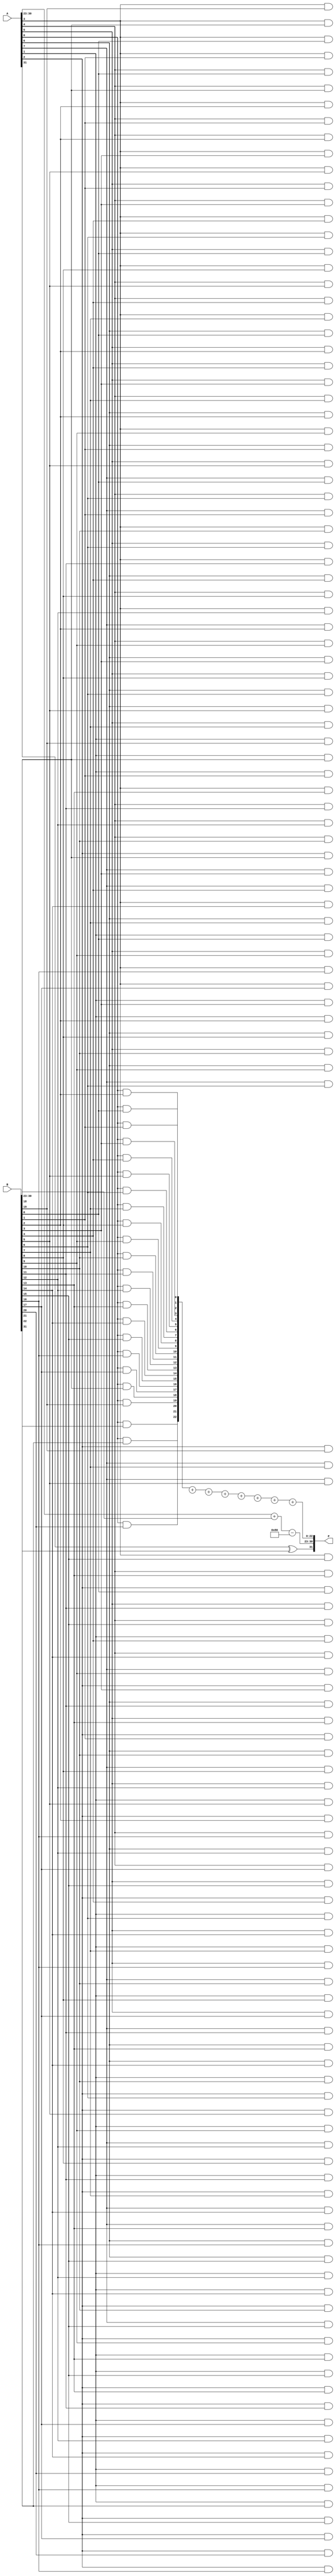
module floating_point_wallace_tree_multiplier #(
    parameter E = 8, // Number of exponent bits
    parameter M = 23  // Number of mantissa bits
)(
    input wire [E + M:0] A, // Input floating-point number A
    input wire [E + M:0] B, // Input floating-point number B
    output reg [E + M:0] P  // Output floating-point product P
);

    // Internal signals
    wire sign_a, sign_b;
    wire [E-1:0] exponent_a, exponent_b;
    wire [M:0] mantissa_a, mantissa_b; // Including implicit leading bit
    wire [M*2:0] partial_products[M-1:0]; // Matrix of partial products
    wire [M*2:0] sum, carry; // Outputs from Wallace tree
    wire [E-1:0] exponent_result;
    wire sign_result;
    wire [M*2:0] mantissa_result;

    // Extract sign, exponent, and mantissa
    assign sign_a = A[E + M];
    assign exponent_a = A[E + M - 1:E + M - E];
    assign mantissa_a = {1'b1, A[M - 1:0]}; // Normalize with implicit leading 1

    assign sign_b = B[E + M];
    assign exponent_b = B[E + M - 1:E + M - E];
    assign mantissa_b = {1'b1, B[M - 1:0]}; // Normalize with implicit leading 1

    // Generate partial products using AND gates
    genvar i, j;
    generate
        for (i = 0; i < M; i = i + 1) begin : partial_product_generation
            for (j = 0; j < M; j = j + 1) begin
                assign partial_products[i][j + i] = mantissa_a[i] & mantissa_b[j];
            end
        end
    endgenerate

    // Wallace Tree Reduction (simplified, not fully implemented)
    // This part would typically involve a series of full adders and carry-save adders
    // Here, we will just sum the partial products in a simplified manner
    assign sum = partial_products[0] + partial_products[1] + partial_products[2] + 
                 partial_products[3] + partial_products[4] + partial_products[5] + 
                 partial_products[6] + partial_products[7];

    // Calculate the result exponent
    assign exponent_result = exponent_a + exponent_b - (1 << (E - 1)); // Adjust for bias

    // Calculate the result sign
    assign sign_result = sign_a ^ sign_b;

    // Normalize the result mantissa (simplified)
    // In a real implementation, this would involve shifting and adjusting the exponent
    assign mantissa_result = sum; // Placeholder for normalized mantissa

    // Construct the final output
    always @(*) begin
        P = {sign_result, exponent_result, mantissa_result[M-1:0]};
    end

endmodule